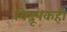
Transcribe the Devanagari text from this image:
विदूषकही